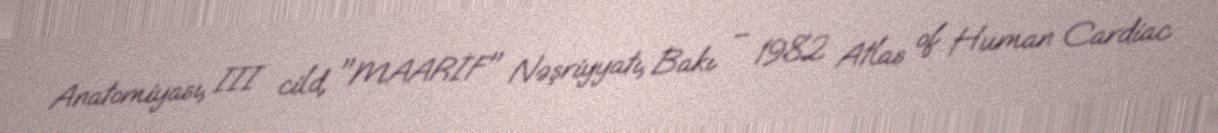
Anatomiyası, III cild, "MAARİF" Nəşriyyatı, Bakı – 1982 Atlas of Human Cardiac